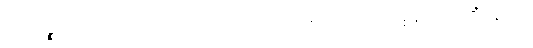
ကထဉ္စ၊ အဘယ်သို့လျှင်။ ကထံကဿံ၊ အသို့ ပြုရပါအံ့နည်း။ ကိံပုရိသံ၊